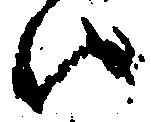
ハ